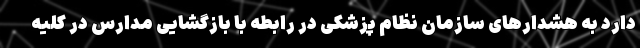
دارد به هشدارهای سازمان نظام پزشکی در رابطه با بازگشایی مدارس در کلیه